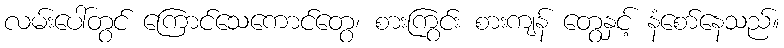
လမ်းပေါ်တွင် ကြောင်သေကောင်တွေ၊ စားကြွင်း စားကျန် တွေနှင့် နံစော်နေသည်။